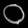
Digit: ၀